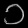
Digit: ၁